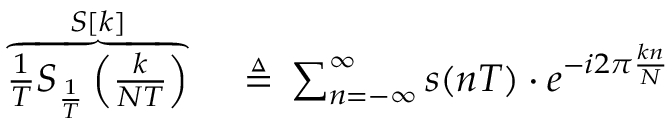
\begin{array} { r l } { \overbrace { { \frac { 1 } { T } } S _ { \frac { 1 } { T } } \left( { \frac { k } { N T } } \right) } ^ { S [ k ] } \, } & { { } \triangleq \, \sum _ { n = - \infty } ^ { \infty } s ( n T ) \cdot e ^ { - i 2 \pi { \frac { k n } { N } } } } \end{array}